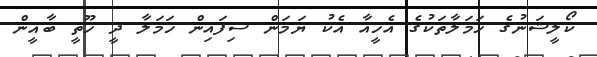
ކޯލީޝަނުގެ ހަމަލާތަކުގެ އެހީއާ އެކު ޔަމަން ސިފައިން ހަމަލާ ދީ ހޫތީ ބާޣީން